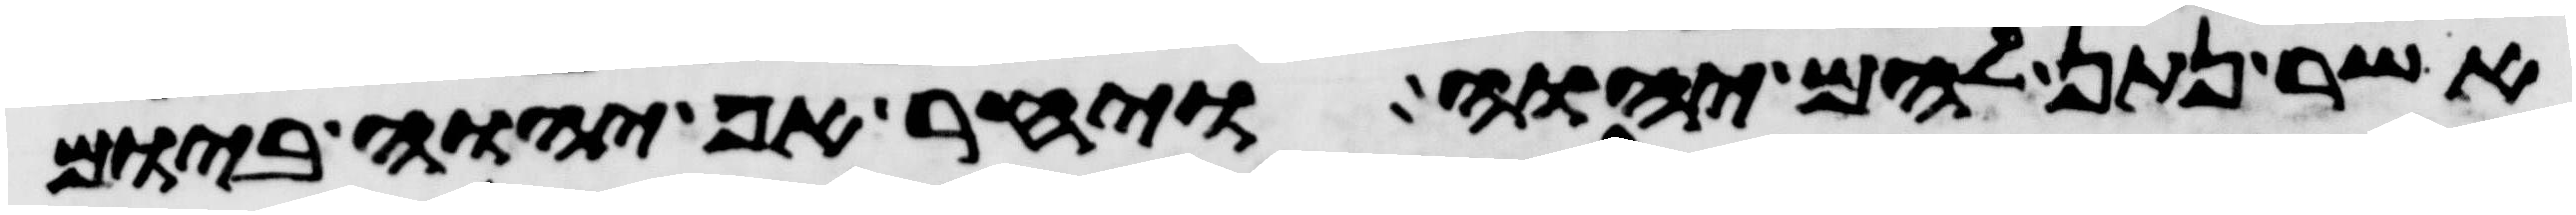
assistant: אשר נתן להם יהוה ויחר אף יהוה ביום